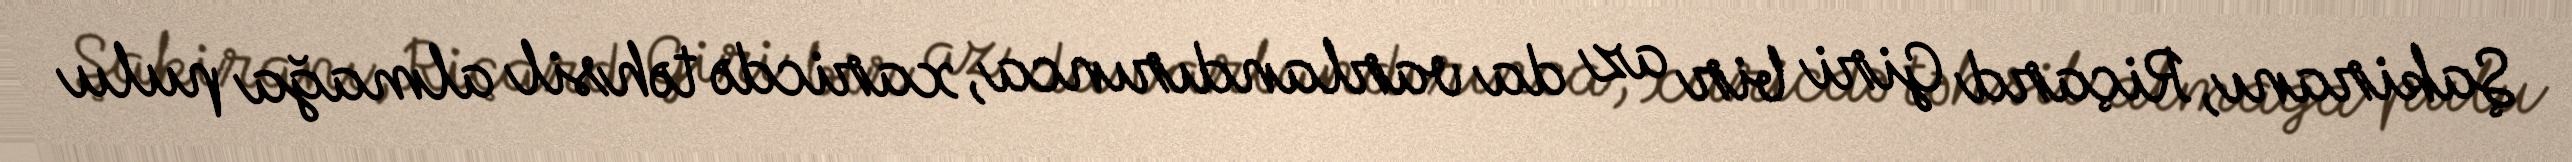
Şakiranı, Riçard Giri bir az da varlandırınca, xaricdə təhsil almağa pulu